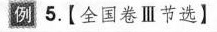
例 5. 【 全国卷Ⅲ节选】